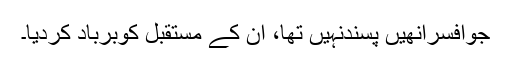
جوافسرانھیں پسندنہیں تھا، ان کے مستقبل کوبرباد کردیا۔